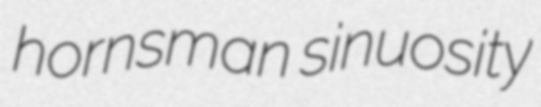
hornsman sinuosity